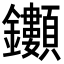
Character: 𮣯